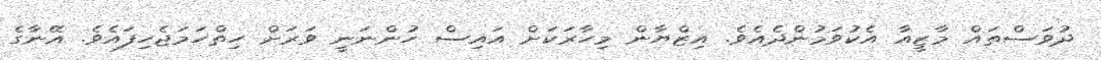
ދުވަސްތައް މާޒީއާ އެކުވަމުންދެއެވެ. އިޒްޔާން މިހާރަކަށް އައިސް ހުންނަނީ ވަރަށް ހިތްހަމަޖެހިފައެވެ. އޭނާގެ